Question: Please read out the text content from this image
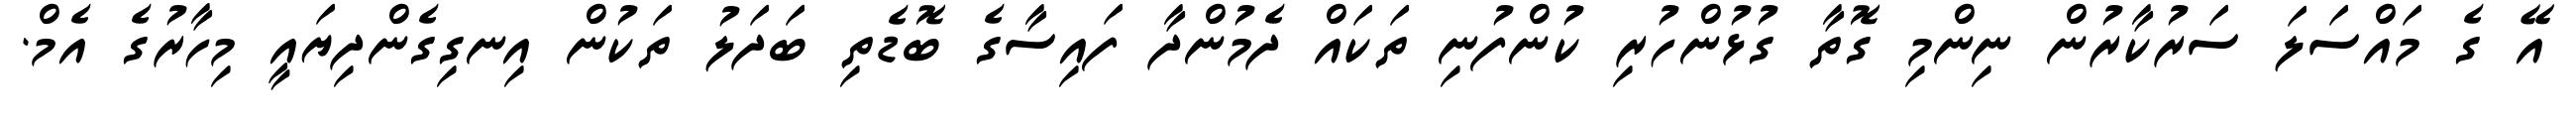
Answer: އޭ ގެ މައްސަލަ ސަރުކާރުން ނިންމި ގޮތާ ގުޅުންހުރި ކުންފުނި ތަކައް ދެމުންދާ ފައިސާގެ ބޮޑެތި ބަދަލު ތަކުން އިނގިގެންދިޔައީ މިހާރުގެ އެމް.